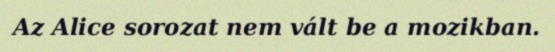
Az Alice sorozat nem vált be a mozikban.